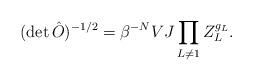
LaTeX: \begin{align*}(\det\hat O)^{-1/2}=\beta^{-N}VJ\prod_{L\neq 1} Z_L^{g_L}.\end{align*}